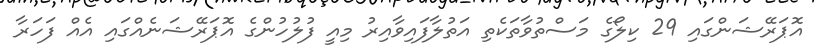
އޮޕަރޭޝަންގައި 29 ކިލޯގެ މަސްތުވާތަކެތި އަތުލާފައިވާއިރު މިއީ ފުލުހުންގެ އޮޕަރޭޝަނެއްގައި އެއް ފަހަރާ